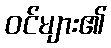
ဝင်များ၏